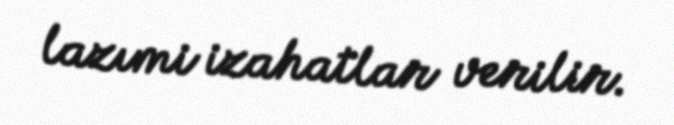
lazımi izahatlar verilir.